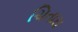
ચિતારા